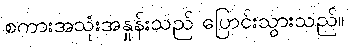
စကားအသုံးအနှုန်းသည် ပြောင်းသွားသည်။